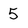
Character: 5